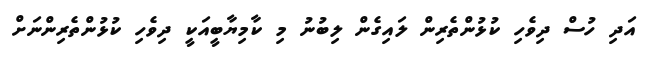
އަދި ހުސް ދިވެހި ކުޅުންތެރިން ލައިގެން ލިބުނު މި ކާމިޔާބީއަކީ ދިވެހި ކުޅުންތެރިންނަށް